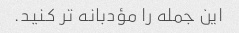
این جمله را مؤدبانه تر کنید.